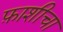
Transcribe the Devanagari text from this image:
फ़ाशीचा